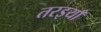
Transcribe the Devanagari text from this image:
तरइयाँ